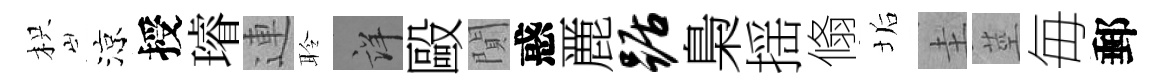
枳涼授璿連聆詳毆閴惑䴡踞梟揺翛垢圭莖毎郵